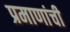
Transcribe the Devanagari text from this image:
प्रमाणांची